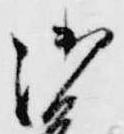
御